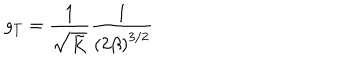
g _ { T } = \frac { 1 } { \sqrt { \tilde { K } } } \frac { 1 } { \left( 2 \beta \right) ^ { 3 / 2 } }